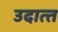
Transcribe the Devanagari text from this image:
उदात्‍त